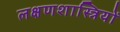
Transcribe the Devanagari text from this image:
लक्षणशास्त्रियों